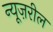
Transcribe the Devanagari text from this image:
न्यूज़रील